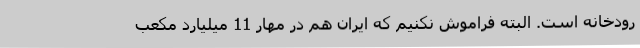
رودخانه است. البته فراموش نکنیم که ایران هم در مهار 11 میلیارد مکعب